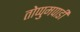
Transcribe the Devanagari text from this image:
तोप्पुमपाडी